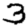
Digit: 3